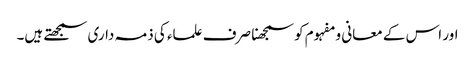
اور اس کے معانی و مفہوم کو سمجھنا صرف علماء کی ذمہ داری سمجھتے ہیں۔